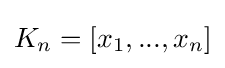
K_{n}=[x_{1},...,x_{n}]